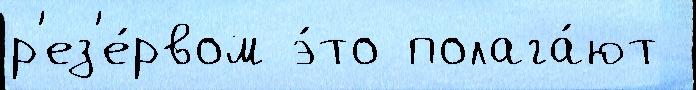
р'ез'е́рвом э́то полага́ют